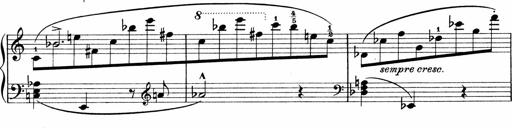
Title: Sonatina No.1
Composer: Otto Stoll
Key: C major